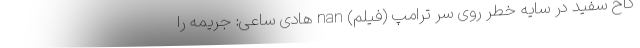
کاخ سفید در سایه خطر روی سر ترامپ (فیلم) nan هادی ساعی: جریمه‌ را